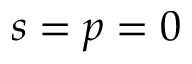
s = p = 0